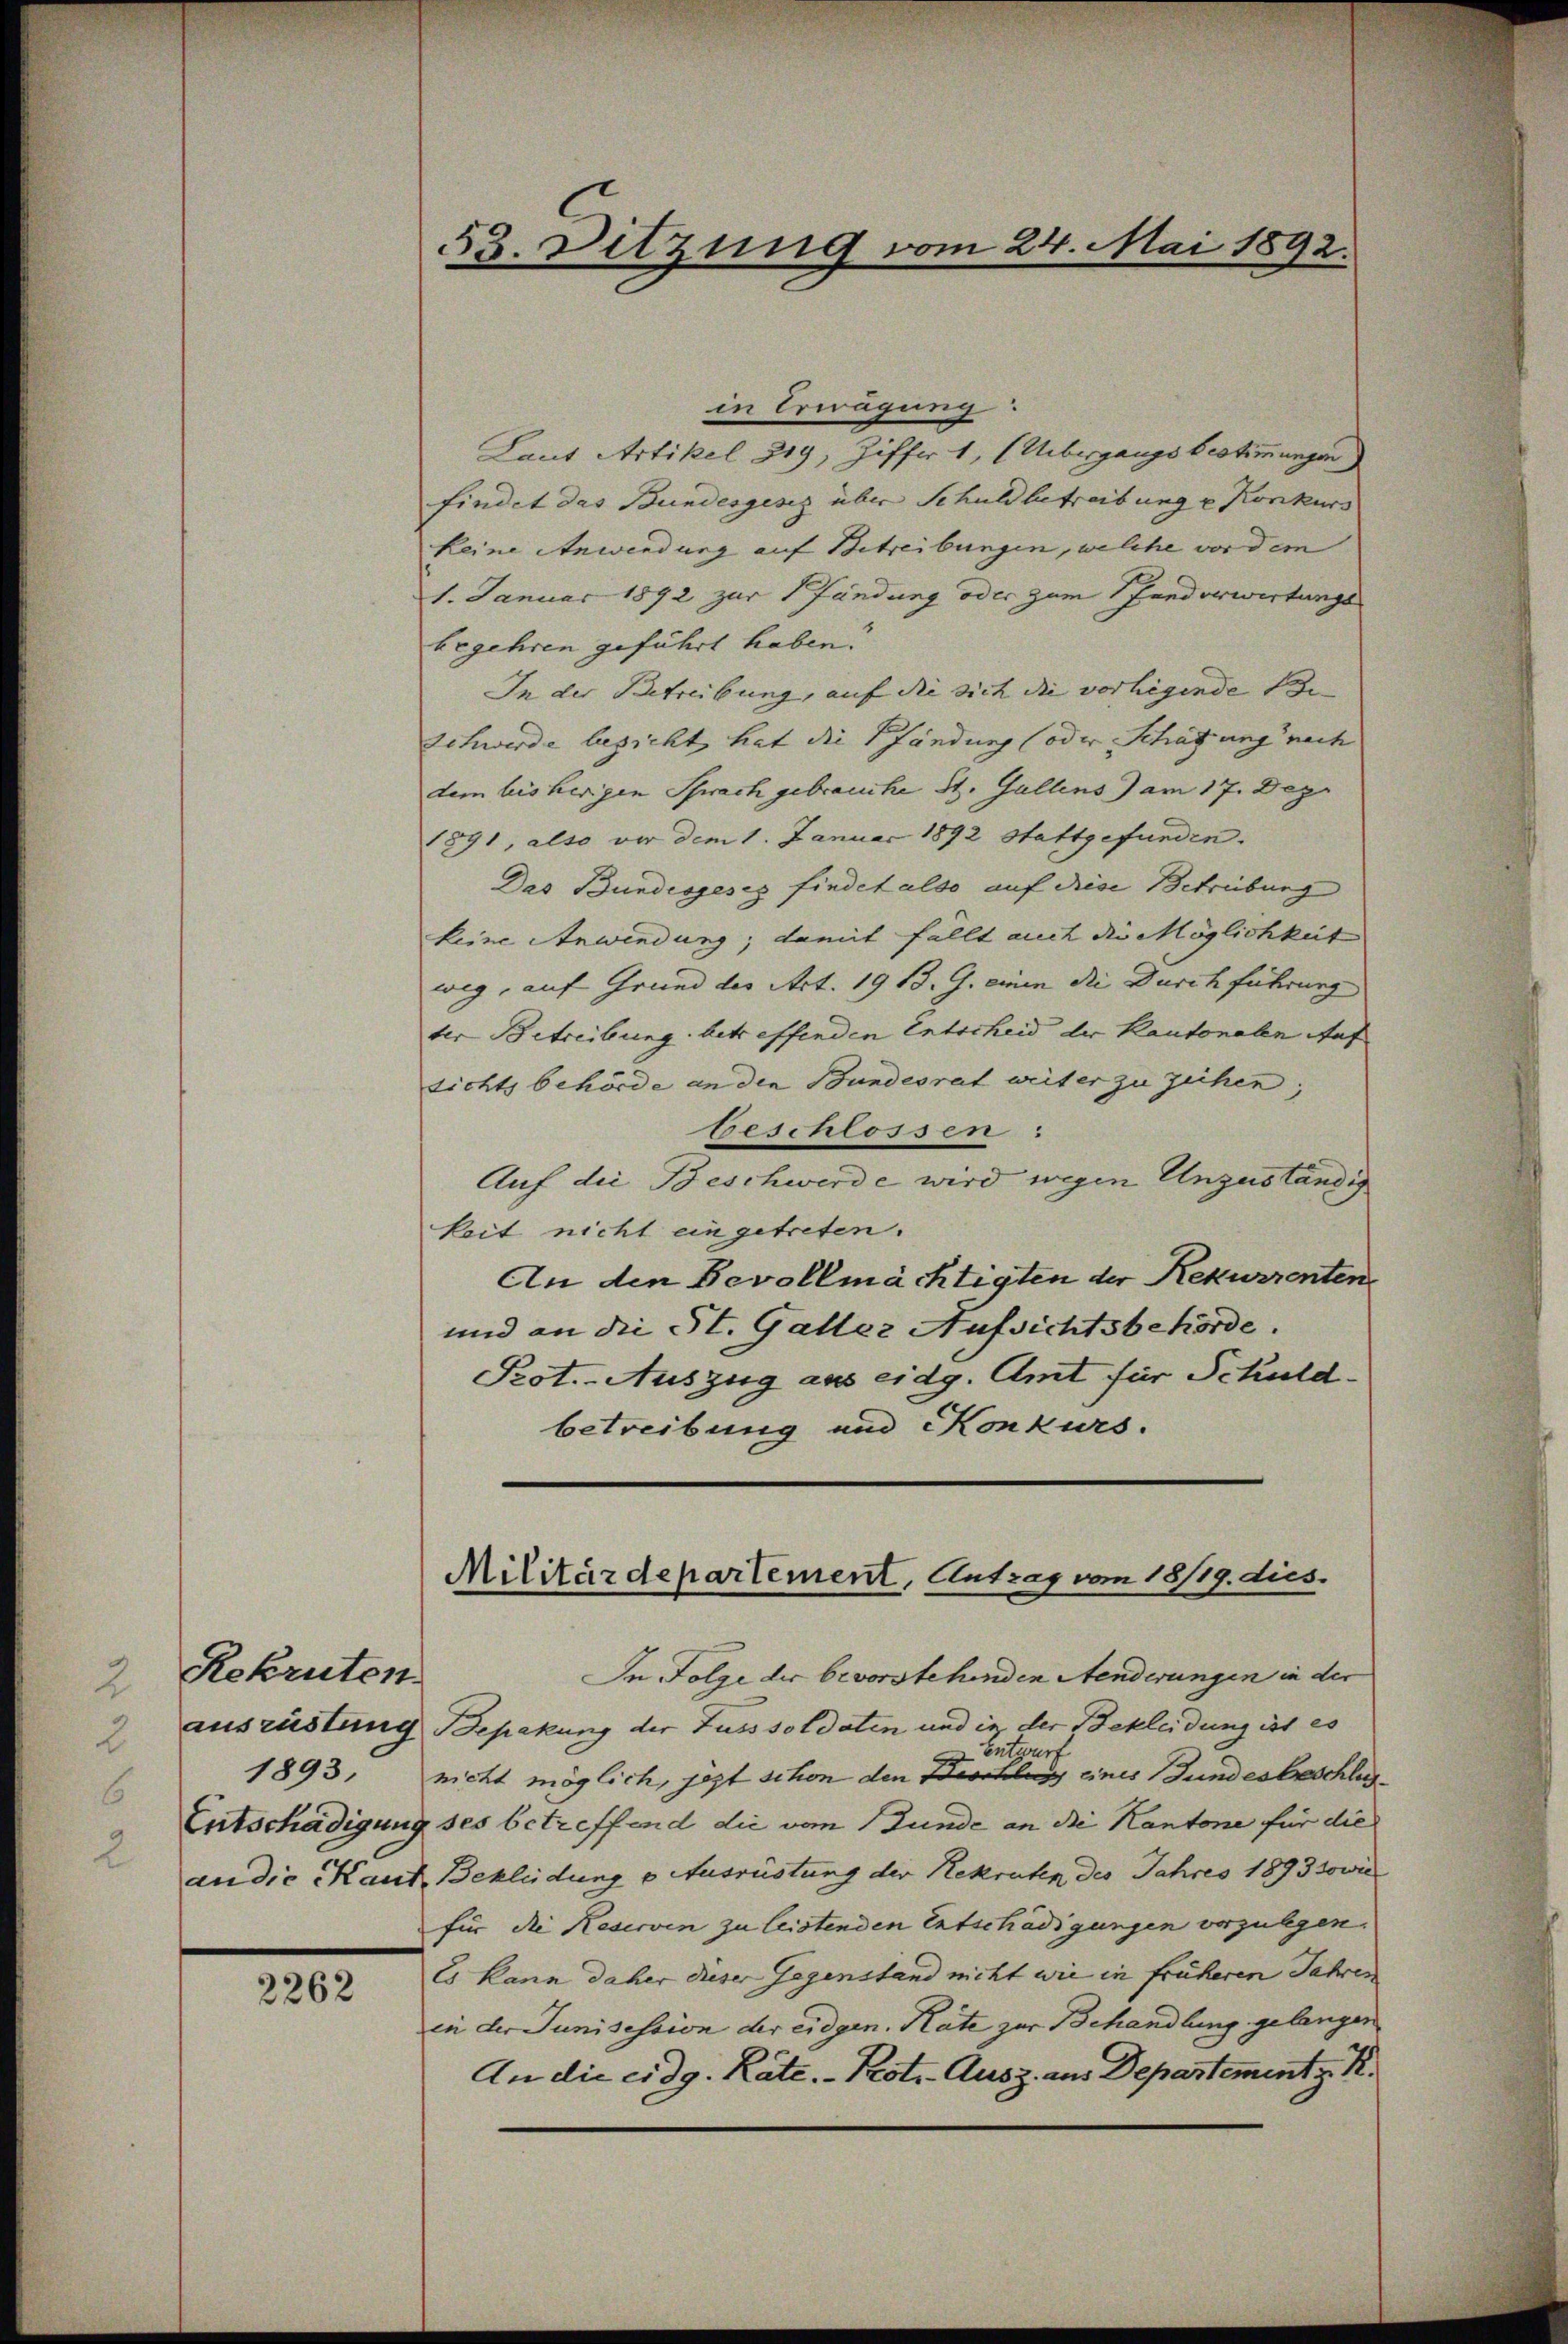
Rekruten
1893,

2262

55. Ditzung vom 24. Mai 1892.

in Erwägung:
Laut Artikel 219, Ziffer 1, (Übergangs bestimmungen)
findet das Bundesgesetz über Schuldbetreibung u Konkurs
keine Anwendung auf Betreibungen, welche vor dem
1. Januar 1892 zur fändung oder zum Handerwirtungs
begehren geführt haben.
In der Betreibung, auf die sich die vorliegende Be- |
Schwerde bezicht hat die Pfändung (oder Schätzung nach
dem bisherigen Sprach gebrauche St. Gallens) am 17. Depr
1891, also vor dem 1. Januar 1892 stattgefunden.
Das Bundesgesez findet also auf diese Betreibung
keine Anwendung; damit fällt auch die Möglichkeit
weg, auf Grund der Art. 1913. J. einen die Durchführung
ter Betreibung betreffenden Entscheid der Kantonalen Auf
sichtsbehörde an den Bundesrat weiter zu zeihen;
beschlossen:
Auf die Beschwerde wird wegen Unzuständig
keit nicht eingetreten.
An den Bevollmächtigten der Rekurrenten
und an die St. Galler Aufsichtsbehörde.
Prot. Auszug aus eidg. Amt für Schuld-
betreibung und Konkurs.

Militärdepartement, Antrag vom 18/19. dies.

In Folge der bevorstehenden Aenderungen in der
ausrüstung Bepakung der Fusssoldaten und in der Bekleidung ist es
 Entwur
nicht möglich, jezt schon den Beschluss eines Bundesbeschlich
Entschädigung ses betreffend die vom Bunde an die Kantone für die
audie Kaut Bekleidung u. Ausrüstung der Rekruten des Jahres 1893 sowie
für die Reserven zu leistenden Entschädigungen vorzulegen.
Es kann daher dieser Gegenstand nicht wie in früheren Jahres
in der Junisession der eidgen. Kate zur Behandlung gelangen
An die eidg. Räte. - Kotr. Ausz. aus Departement z. K.